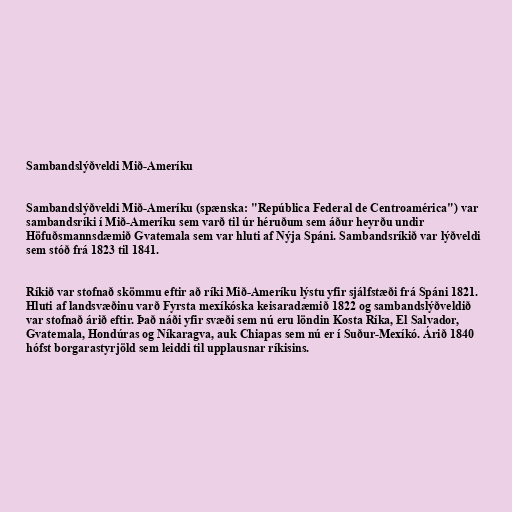
Sambandslýðveldi Mið-Ameríku

Sambandslýðveldi Mið-Ameríku (spænska: "República Federal de Centroamérica") var
sambandsríki í Mið-Ameríku sem varð til úr héruðum sem áður heyrðu undir
Höfuðsmannsdæmið Gvatemala sem var hluti af Nýja Spáni. Sambandsríkið var lýðveldi
sem stóð frá 1823 til 1841.

Ríkið var stofnað skömmu eftir að ríki Mið-Ameríku lýstu yfir sjálfstæði frá Spáni 1821.
Hluti af landsvæðinu varð Fyrsta mexíkóska keisaradæmið 1822 og sambandslýðveldið
var stofnað árið eftir. Það náði yfir svæði sem nú eru löndin Kosta Ríka, El Salvador,
Gvatemala, Hondúras og Níkaragva, auk Chiapas sem nú er í Suður-Mexíkó. Árið 1840
hófst borgarastyrjöld sem leiddi til upplausnar ríkisins.